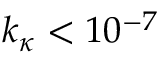
k _ { \kappa } < 1 0 ^ { - 7 }